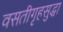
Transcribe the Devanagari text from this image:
वसतीगृहसुद्धा